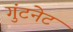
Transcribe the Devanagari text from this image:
गुंटनेट